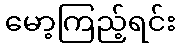
မော့ကြည့်ရင်း